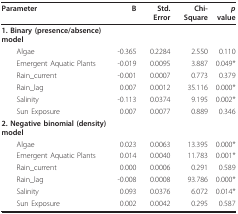
| Parameter | B | Std. Error | Chi-Square | p value |
 | --- | --- | --- | --- | --- |
 | 1. Binary (presence/absence) model |  |  |  |  |
 | Algae | -0.365 | 0.2284 | 2.550 | 0.110 |
 | Emergent Aquatic Plants | -0.019 | 0.0095 | 3.887 | 0.049* |
 | Rain_current | -0.001 | 0.0007 | 0.773 | 0.379 |
 | Rain_lag | 0.007 | 0.0012 | 35.116 | 0.000* |
 | Salinity | -0.113 | 0.0374 | 9.195 | 0.002* |
 | Sun Exposure | 0.007 | 0.0077 | 0.889 | 0.346 |
 | 2. Negative binomial (density) model |  |  |  |  |
 | Algae | 0.023 | 0.0063 | 13.395 | 0.000* |
 | Emergent Aquatic Plants | 0.014 | 0.0040 | 11.783 | 0.001* |
 | Rain_current | 0.000 | 0.0006 | 0.291 | 0.589 |
 | Rain_lag | -0.008 | 0.0008 | 93.786 | 0.000* |
 | Salinity | 0.093 | 0.0376 | 6.072 | 0.014* |
 | Sun Exposure | 0.002 | 0.0042 | 0.295 | 0.587 |